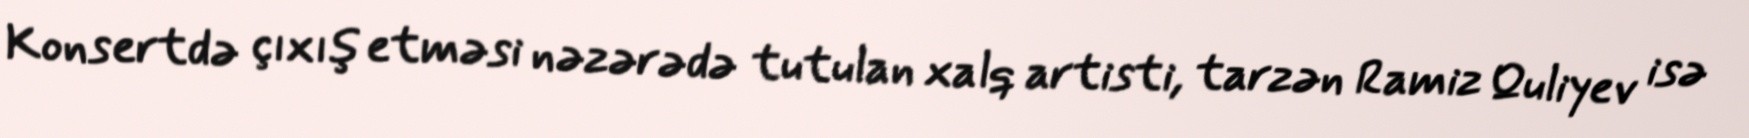
Konsertdə çıxış etməsi nəzərədə tutulan xalq artisti, tarzən Ramiz Quliyev isə